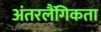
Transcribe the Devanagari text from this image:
अंतरलैंगिकता